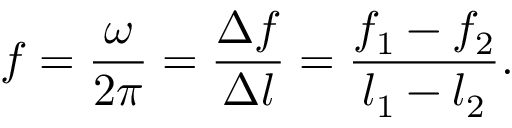
f = \frac { \omega } { 2 \pi } = \frac { \Delta f } { \Delta l } = \frac { f _ { 1 } - f _ { 2 } } { l _ { 1 } - l _ { 2 } } .